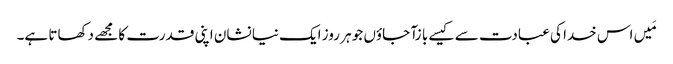
مَیں اس خدا کی عبادت سے کیسے با زآ جاؤں جو ہر روز ایک نیا نشان اپنی قدرت کا مجھے دکھاتا ہے۔